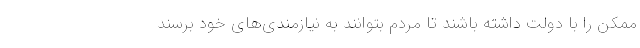
ممکن را با دولت داشته باشند تا مردم بتوانند به نیازمندی‌های خود برسند